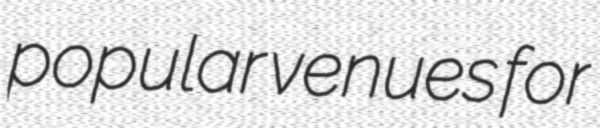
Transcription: popular venues for